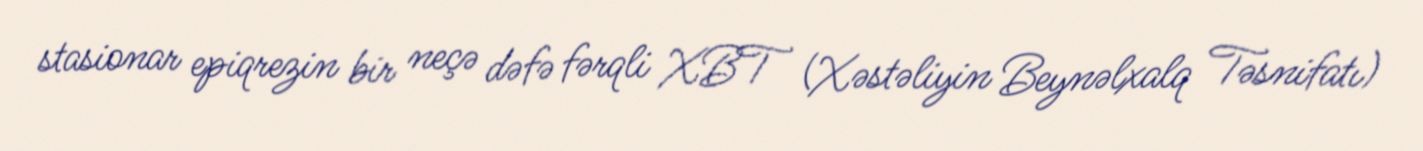
stasionar epiqrezin bir neçə dəfə fərqli XBT (Xəstəliyin Beynəlxalq Təsnifatı)